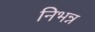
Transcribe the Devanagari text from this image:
निभन्न